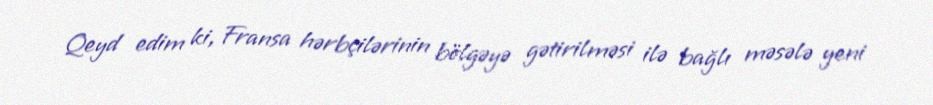
Qeyd edim ki, Fransa hərbçilərinin bölgəyə gətirilməsi ilə bağlı məsələ yeni